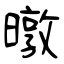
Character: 暾